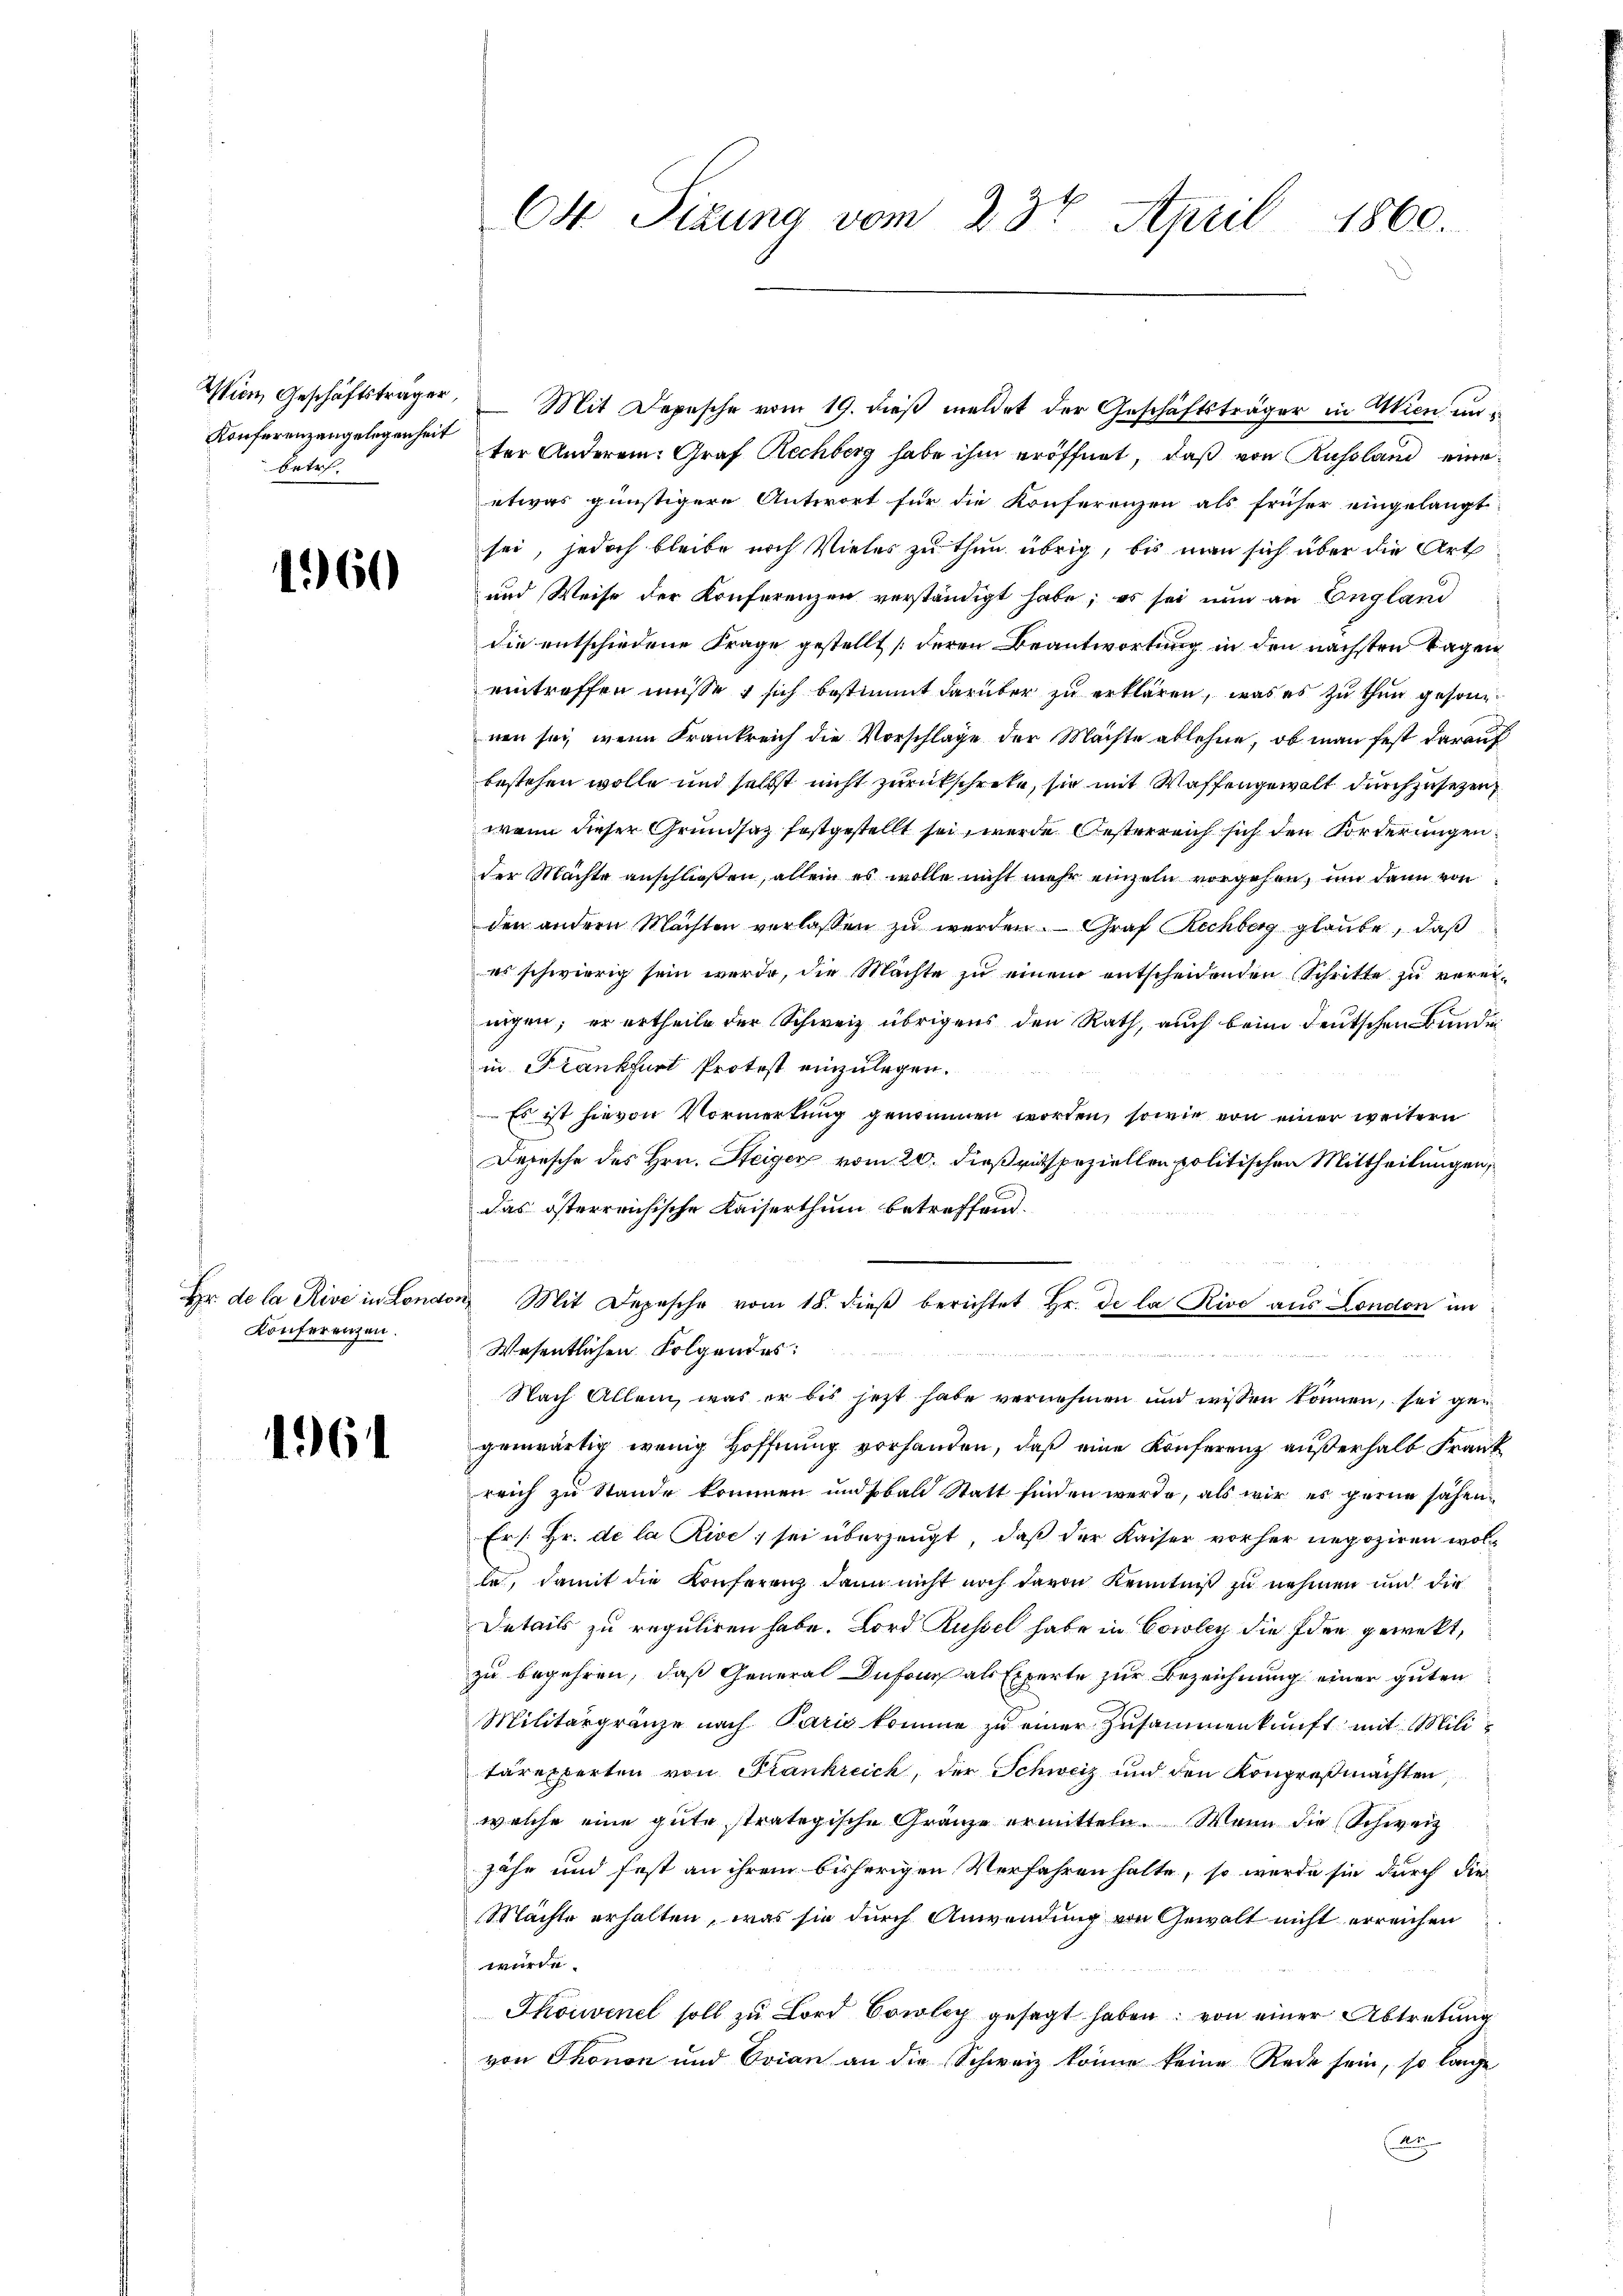
Konferenzengelegenheit
betr.

1960

Konferenzen.

16

O4 Sizung vom 23t April 1860.

Wien, Geschäftsträger, Mit Depesche vom 19. dieβ meldet der Geschäftsträger in Wien unter Anderen: Graf Rechberg habe ihm eröffnet, daß von Russland eine
etwas günstigere Antwort für die Konferenzen als früher eingelangt
sei, jedoch bleibe nach Vieles zu thun übrig, bis man sich über die Art
und Weise der Konferenzen verständigt habe; es sei nun an England
die entschiedene Frage gestellt (deren Beantwortung in den nächsten Tagen
eintreffen müsse & sich bestimmt darüber zu erklären, was es zu thun gesonnen sei, wenn Krankreich die Vorschläge der Machte ablehne, ob man fest darauf
bestehen wolle und selbst nicht zurückschrite, sie mit Waffengewalt durchzusetzen,
wenn dieser Grundsatz festgestellt sei, werde Oesterreich sich den Forderungen.
der Machte anschließen, allein es wolle nicht mehr einzeln vorgehen, und dann von
den andern Machten verlassen zu werden. Graf Rechberg glaube, daß
es schwierig sein werde, die Machte zu einem entscheidenden Schritte zu vereinigen; er ertheile der Schweiz übrigens den Rath, auch beim deutschen Bundei
in Frankfurt Protest einzulegen.
Es ist hievon Vormerkung genommen worden, sowie von einer weitern
Depesche des Hrn. Steiger vom 20. dieß mit speziellen politischen Mittheilungen,
das österreichische Kaiserthum betreffend.
hr. de la Rive in London, Mit Depesche vom 18. dieβ berichtet hr. de la Rive aus London un
Wesentlichen Folgendes:

Nach Allem, was er bis jetzt habe vernehmen und wissen können, sei gegenwärtig wenig Hoffnung vorhanden, daß eine Konferenz außerhalb Frank
reich zu Stande kommen und sobald Statt finden werde, als wir es gerne sahen¬
Er /: Hr. de la Rive; sei überzeugt, daß der Kaiser vorher negoziren wolle, damit die Konferenz dann nicht noch davon Kenntniß zu nehmen und die
Details zu reguliren habe. Lord Küssel habe in Cowley die Idee gewekt,
zu begehren, daß General Dufous als Experte zur Bezeichnung einer guten
Militärgränze nach Paris komme zu einer Zusammenkunft mit Militärexperten von Frankreich, der Schweiz und den Kongroßmachten
welche eine gute strategische Gränze ermitteln. Wenn die Schweiz
zähe und fest an ihrem bisherigen Verfahren halte, so werde sie durch die
Mächte erhalten, was sie durch Anwendung von Gewalt nicht erreichen
würde.
Thouvinel soll zu Lord Conlich gesagt haben; von einer Abtretung
von Thonon und Ovian an die Schweiz könne keine Rede sein, so lange
An